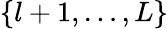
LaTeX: \{ l+1,\ldots,L\}